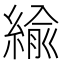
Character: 緰